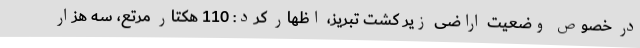
در خصوص وضعیت اراضی زیر کشت تبریز، اظهار کرد: 110 هکتار مرتع، سه هزار